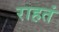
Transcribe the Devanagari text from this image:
राहतं